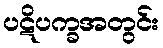
ပဋိပက္ခအတွင်း